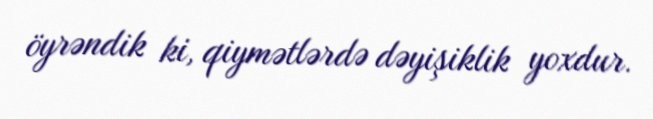
öyrəndik ki, qiymətlərdə dəyişiklik yoxdur.